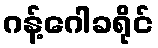
ဂန့်ဂေါခရိုင်